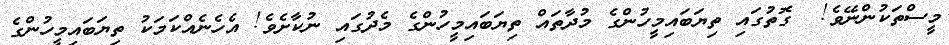
މީސްތަކުންނޭވެ!  ގޮތުގައި ތިޔަބައިމީހުންގެ މުދާތައް ތިޔަބައިމީހުންގެ މެދުގައި ނުކާށެވެ! އެހެނެއްކަމަކު ތިޔަބައިމީހުންގެ